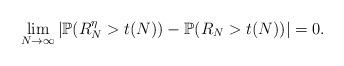
LaTeX: \begin{align*}\lim\limits_{N \rightarrow \infty} |\mathbb{P}(R_{N}^{\eta} > t(N)) - \mathbb{P}(R_{N} > t(N))| = 0.\end{align*}